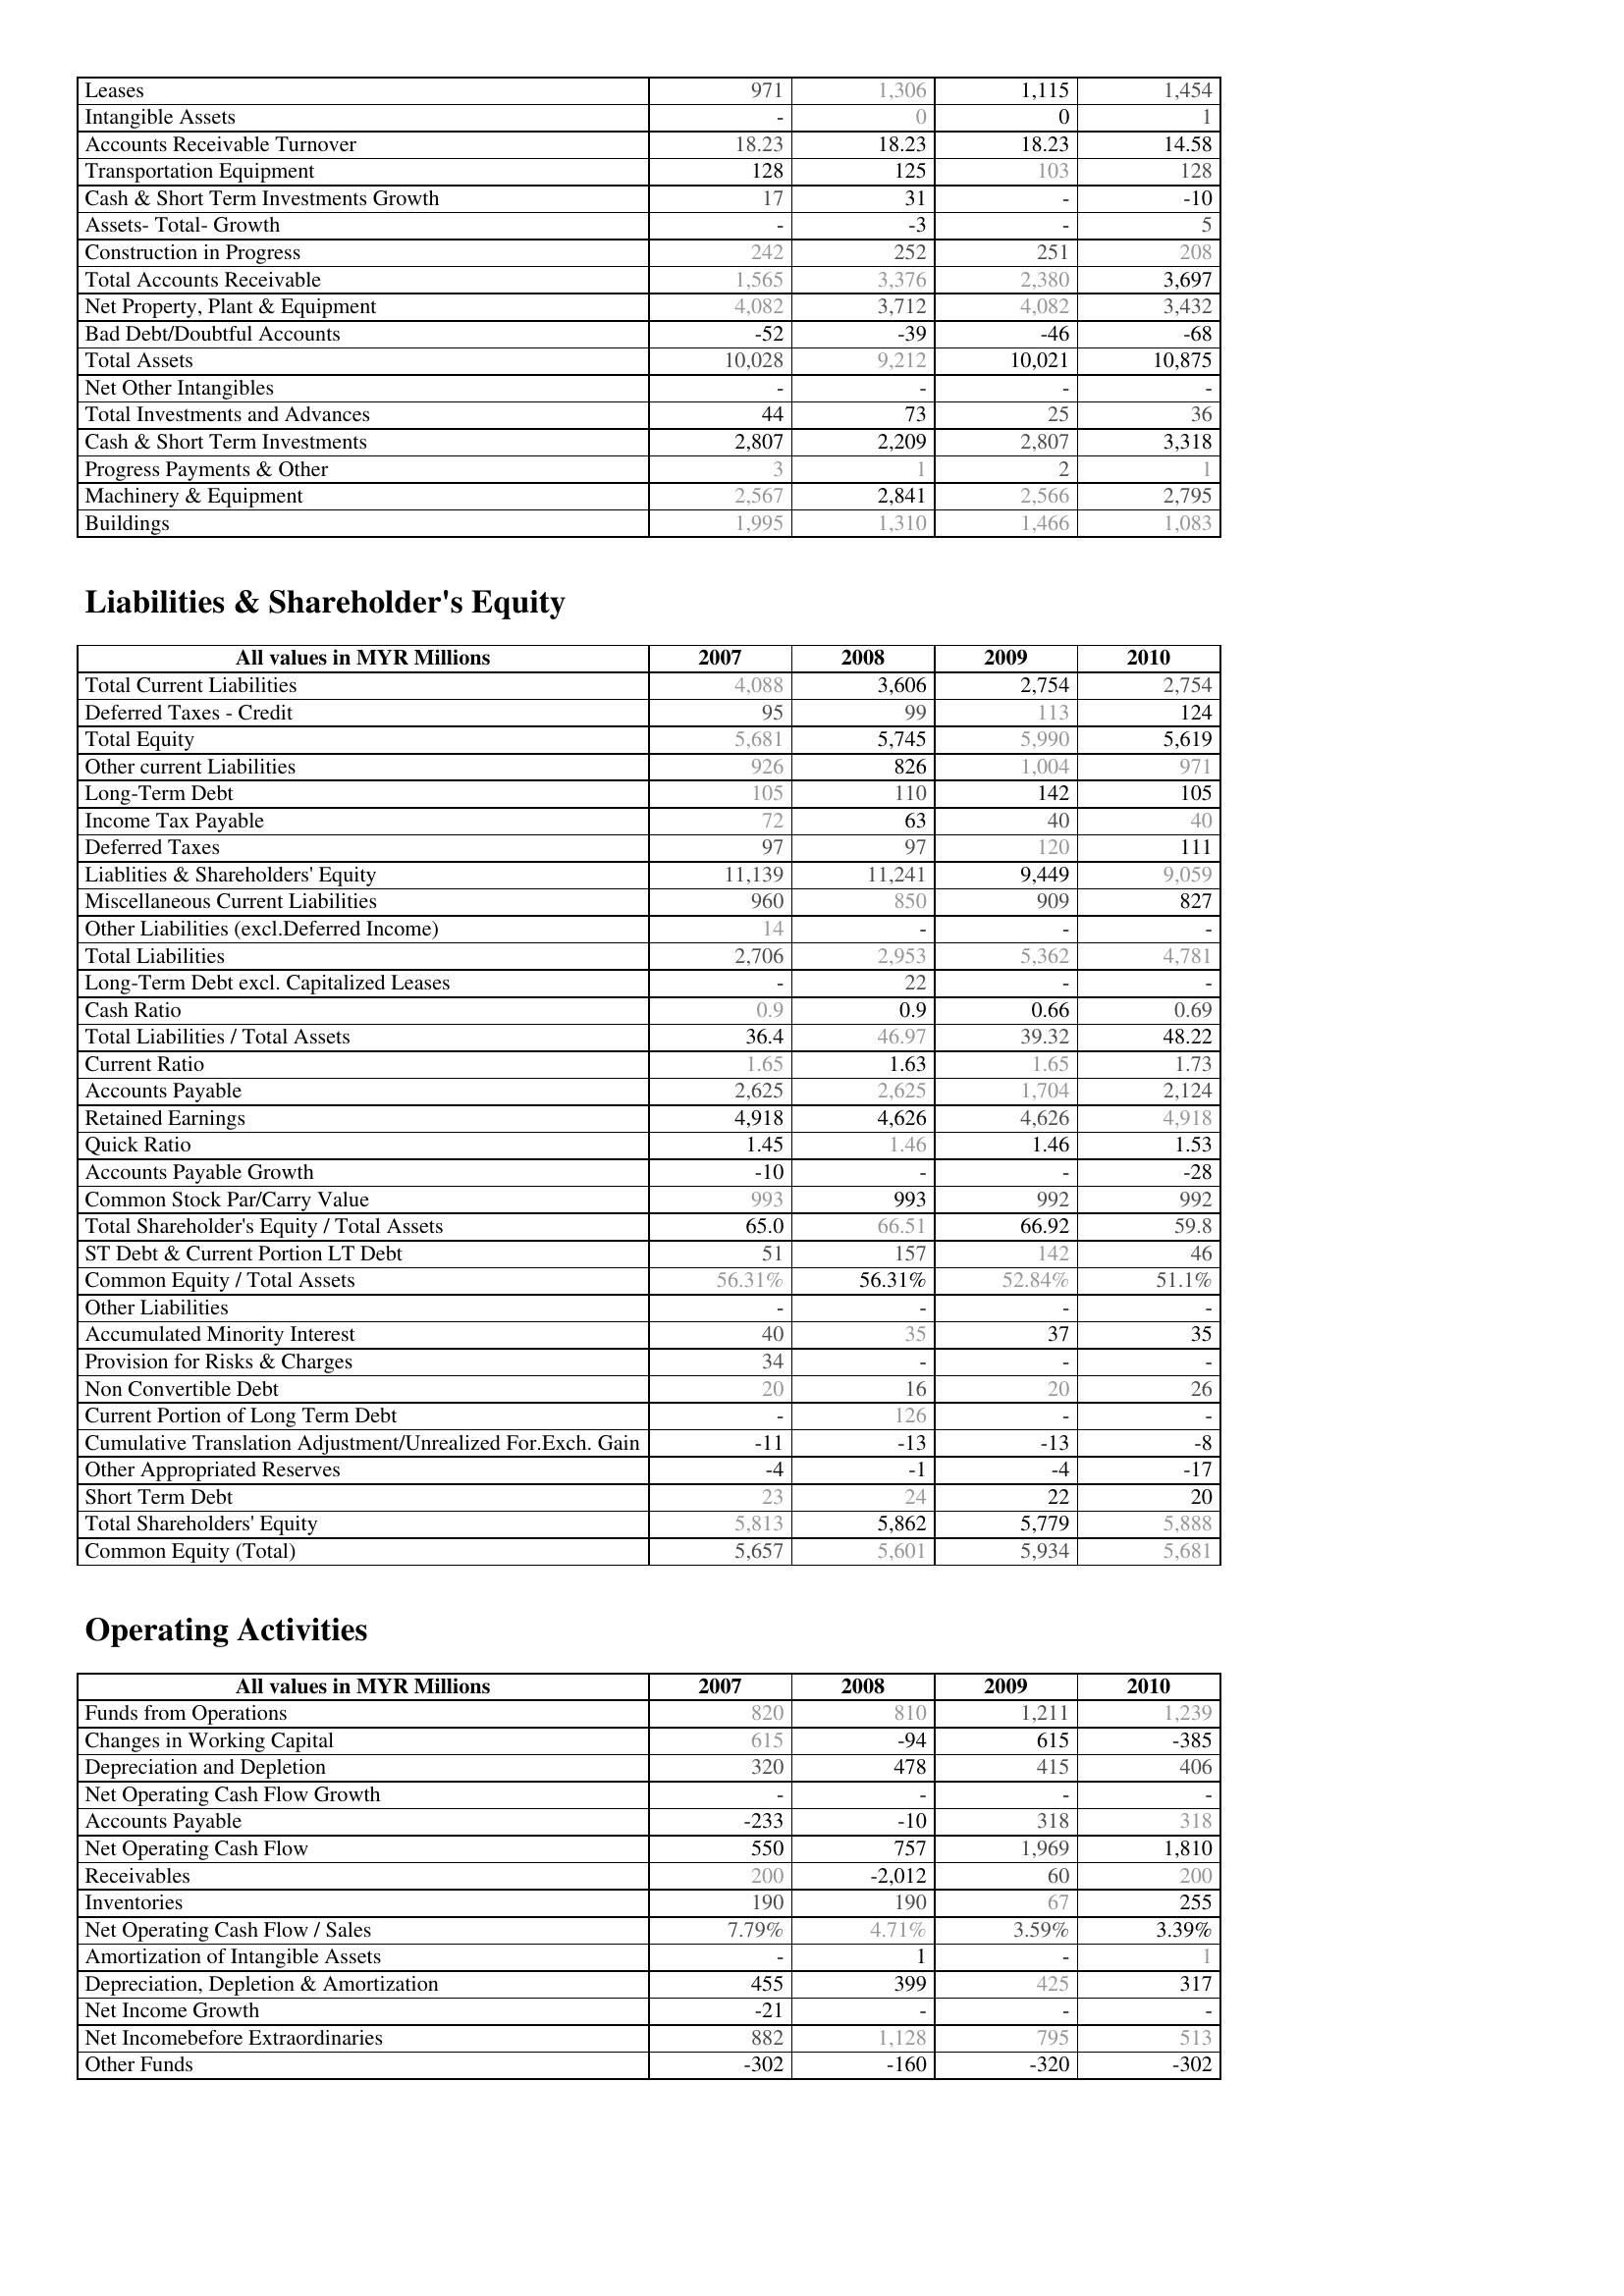
2007: Assets: Leases: 971
Intangible Assets: -
Accounts Receivable Turnover: 18.23
Transportation Equipment: 128
Cash & Short Term Investments Growth: 17
Assets- Total- Growth: -
Construction in Progress: 242
Total Accounts Receivable: 1,565
Net Property, Plant & Equipment: 4,082
Bad Debt/Doubtful Accounts: -52
Total Assets: 10,028
Net Other Intangibles: -
Total Investments and Advances: 44
Cash & Short Term Investments: 2,807
Progress Payments & Other: 3
Machinery & Equipment: 2,567
Buildings: 1,995
Liabilities & Shareholder's Equity: Total Current Liabilities: 4,088
Deferred Taxes - Credit: 95
Total Equity: 5,681
Other current Liabilities: 926
Long-Term Debt: 105
Income Tax Payable: 72
Deferred Taxes: 97
Liablities & Shareholders' Equity: 11,139
Miscellaneous Current Liabilities: 960
Other Liabilities (excl.Deferred Income): 14
Total Liabilities: 2,706
Long-Term Debt excl. Capitalized Leases: -
Cash Ratio: 0.9
Total Liabilities / Total Assets: 36.4
Current Ratio: 1.65
Accounts Payable: 2,625
Retained Earnings: 4,918
Quick Ratio: 1.45
Accounts Payable Growth: -10
Common Stock Par/Carry Value: 993
Total Shareholder's Equity / Total Assets: 65.0
ST Debt & Current Portion LT Debt: 51
Common Equity / Total Assets: 56.31%
Other Liabilities: -
Accumulated Minority Interest: 40
Provision for Risks & Charges: 34
Non Convertible Debt: 20
Current Portion of Long Term Debt: -
Cumulative Translation Adjustment/Unrealized For.Exch. Gain: -11
Other Appropriated Reserves: -4
Short Term Debt: 23
Total Shareholders' Equity: 5,813
Common Equity (Total): 5,657
Operating Activities: Funds from Operations: 820
Changes in Working Capital: 615
Depreciation and Depletion: 320
Net Operating Cash Flow Growth: -
Accounts Payable: -233
Net Operating Cash Flow: 550
Receivables: 200
Inventories: 190
Net Operating Cash Flow / Sales: 7.79%
Amortization of Intangible Assets: -
Depreciation, Depletion & Amortization: 455
Net Income Growth: -21
Net Incomebefore Extraordinaries: 882
Other Funds: -302
2008: Assets: Leases: 1,306
Intangible Assets: 0
Accounts Receivable Turnover: 18.23
Transportation Equipment: 125
Cash & Short Term Investments Growth: 31
Assets- Total- Growth: -3
Construction in Progress: 252
Total Accounts Receivable: 3,376
Net Property, Plant & Equipment: 3,712
Bad Debt/Doubtful Accounts: -39
Total Assets: 9,212
Net Other Intangibles: -
Total Investments and Advances: 73
Cash & Short Term Investments: 2,209
Progress Payments & Other: 1
Machinery & Equipment: 2,841
Buildings: 1,310
Liabilities & Shareholder's Equity: Total Current Liabilities: 3,606
Deferred Taxes - Credit: 99
Total Equity: 5,745
Other current Liabilities: 826
Long-Term Debt: 110
Income Tax Payable: 63
Deferred Taxes: 97
Liablities & Shareholders' Equity: 11,241
Miscellaneous Current Liabilities: 850
Other Liabilities (excl.Deferred Income): -
Total Liabilities: 2,953
Long-Term Debt excl. Capitalized Leases: 22
Cash Ratio: 0.9
Total Liabilities / Total Assets: 46.97
Current Ratio: 1.63
Accounts Payable: 2,625
Retained Earnings: 4,626
Quick Ratio: 1.46
Accounts Payable Growth: -
Common Stock Par/Carry Value: 993
Total Shareholder's Equity / Total Assets: 66.51
ST Debt & Current Portion LT Debt: 157
Common Equity / Total Assets: 56.31%
Other Liabilities: -
Accumulated Minority Interest: 35
Provision for Risks & Charges: -
Non Convertible Debt: 16
Current Portion of Long Term Debt: 126
Cumulative Translation Adjustment/Unrealized For.Exch. Gain: -13
Other Appropriated Reserves: -1
Short Term Debt: 24
Total Shareholders' Equity: 5,862
Common Equity (Total): 5,601
Operating Activities: Funds from Operations: 810
Changes in Working Capital: -94
Depreciation and Depletion: 478
Net Operating Cash Flow Growth: -
Accounts Payable: -10
Net Operating Cash Flow: 757
Receivables: -2,012
Inventories: 190
Net Operating Cash Flow / Sales: 4.71%
Amortization of Intangible Assets: 1
Depreciation, Depletion & Amortization: 399
Net Income Growth: -
Net Incomebefore Extraordinaries: 1,128
Other Funds: -160
2009: Assets: Leases: 1,115
Intangible Assets: 0
Accounts Receivable Turnover: 18.23
Transportation Equipment: 103
Cash & Short Term Investments Growth: -
Assets- Total- Growth: -
Construction in Progress: 251
Total Accounts Receivable: 2,380
Net Property, Plant & Equipment: 4,082
Bad Debt/Doubtful Accounts: -46
Total Assets: 10,021
Net Other Intangibles: -
Total Investments and Advances: 25
Cash & Short Term Investments: 2,807
Progress Payments & Other: 2
Machinery & Equipment: 2,566
Buildings: 1,466
Liabilities & Shareholder's Equity: Total Current Liabilities: 2,754
Deferred Taxes - Credit: 113
Total Equity: 5,990
Other current Liabilities: 1,004
Long-Term Debt: 142
Income Tax Payable: 40
Deferred Taxes: 120
Liablities & Shareholders' Equity: 9,449
Miscellaneous Current Liabilities: 909
Other Liabilities (excl.Deferred Income): -
Total Liabilities: 5,362
Long-Term Debt excl. Capitalized Leases: -
Cash Ratio: 0.66
Total Liabilities / Total Assets: 39.32
Current Ratio: 1.65
Accounts Payable: 1,704
Retained Earnings: 4,626
Quick Ratio: 1.46
Accounts Payable Growth: -
Common Stock Par/Carry Value: 992
Total Shareholder's Equity / Total Assets: 66.92
ST Debt & Current Portion LT Debt: 142
Common Equity / Total Assets: 52.84%
Other Liabilities: -
Accumulated Minority Interest: 37
Provision for Risks & Charges: -
Non Convertible Debt: 20
Current Portion of Long Term Debt: -
Cumulative Translation Adjustment/Unrealized For.Exch. Gain: -13
Other Appropriated Reserves: -4
Short Term Debt: 22
Total Shareholders' Equity: 5,779
Common Equity (Total): 5,934
Operating Activities: Funds from Operations: 1,211
Changes in Working Capital: 615
Depreciation and Depletion: 415
Net Operating Cash Flow Growth: -
Accounts Payable: 318
Net Operating Cash Flow: 1,969
Receivables: 60
Inventories: 67
Net Operating Cash Flow / Sales: 3.59%
Amortization of Intangible Assets: -
Depreciation, Depletion & Amortization: 425
Net Income Growth: -
Net Incomebefore Extraordinaries: 795
Other Funds: -320
2010: Assets: Leases: 1,454
Intangible Assets: 1
Accounts Receivable Turnover: 14.58
Transportation Equipment: 128
Cash & Short Term Investments Growth: -10
Assets- Total- Growth: 5
Construction in Progress: 208
Total Accounts Receivable: 3,697
Net Property, Plant & Equipment: 3,432
Bad Debt/Doubtful Accounts: -68
Total Assets: 10,875
Net Other Intangibles: -
Total Investments and Advances: 36
Cash & Short Term Investments: 3,318
Progress Payments & Other: 1
Machinery & Equipment: 2,795
Buildings: 1,083
Liabilities & Shareholder's Equity: Total Current Liabilities: 2,754
Deferred Taxes - Credit: 124
Total Equity: 5,619
Other current Liabilities: 971
Long-Term Debt: 105
Income Tax Payable: 40
Deferred Taxes: 111
Liablities & Shareholders' Equity: 9,059
Miscellaneous Current Liabilities: 827
Other Liabilities (excl.Deferred Income): -
Total Liabilities: 4,781
Long-Term Debt excl. Capitalized Leases: -
Cash Ratio: 0.69
Total Liabilities / Total Assets: 48.22
Current Ratio: 1.73
Accounts Payable: 2,124
Retained Earnings: 4,918
Quick Ratio: 1.53
Accounts Payable Growth: -28
Common Stock Par/Carry Value: 992
Total Shareholder's Equity / Total Assets: 59.8
ST Debt & Current Portion LT Debt: 46
Common Equity / Total Assets: 51.1%
Other Liabilities: -
Accumulated Minority Interest: 35
Provision for Risks & Charges: -
Non Convertible Debt: 26
Current Portion of Long Term Debt: -
Cumulative Translation Adjustment/Unrealized For.Exch. Gain: -8
Other Appropriated Reserves: -17
Short Term Debt: 20
Total Shareholders' Equity: 5,888
Common Equity (Total): 5,681
Operating Activities: Funds from Operations: 1,239
Changes in Working Capital: -385
Depreciation and Depletion: 406
Net Operating Cash Flow Growth: -
Accounts Payable: 318
Net Operating Cash Flow: 1,810
Receivables: 200
Inventories: 255
Net Operating Cash Flow / Sales: 3.39%
Amortization of Intangible Assets: 1
Depreciation, Depletion & Amortization: 317
Net Income Growth: -
Net Incomebefore Extraordinaries: 513
Other Funds: -302